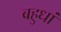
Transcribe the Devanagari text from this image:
बहुधां